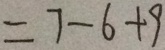
= 7 - 6 + 9